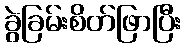
ခွဲခြမ်းစိတ်ဖြာပြီး